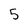
Character: 5